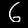
Label: 6